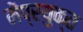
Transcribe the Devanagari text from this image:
मेंप्रयुक्त